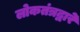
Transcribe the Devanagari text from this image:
लोकतंत्रद्वारे